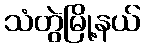
သံတွဲမြို့နယ်